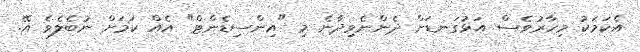
އެކަމަކު މިހާރުވެސް އަޅުގަނޑަށް ދެންނެވިދާނެ މި "އިންސިޑެންޓް" އެއް ކަމަށް ނުބެލެވެ އޭ.